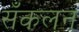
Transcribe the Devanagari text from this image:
सँकलन